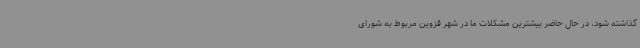
گذاشته شود، در حال حاضر بیشترین مشکلات ما در شهر قزوین مربوط به شورای